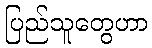
ပြည်သူတွေဟာ